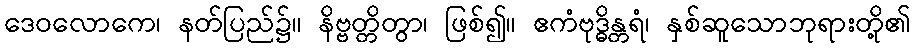
ဒေဝလောကေ၊ နတ်ပြည်၌။ နိဗ္ဗတ္တိတွာ၊ ဖြစ်၍။ ဧကံဗုဒ္ဓိန္တရံ၊ နှစ်ဆူသောဘုရားတို့၏